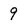
Character: 9